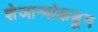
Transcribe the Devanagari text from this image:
शेजार्‍यांकडून